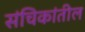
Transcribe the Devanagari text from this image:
संचिकांतील